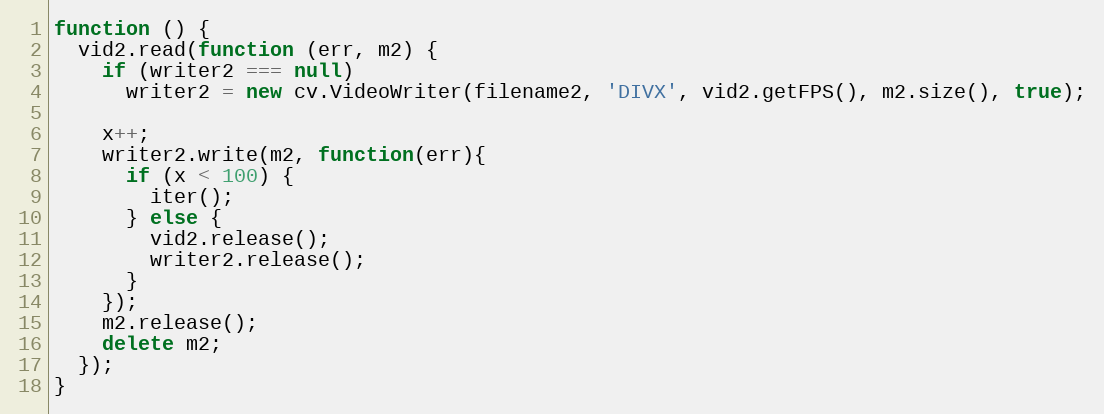
Language: JavaScript
function () {
  vid2.read(function (err, m2) {
	if (writer2 === null)
	  writer2 = new cv.VideoWriter(filename2, 'DIVX', vid2.getFPS(), m2.size(), true);

	x++;
	writer2.write(m2, function(err){
	  if (x < 100) {
		iter();
	  } else {
		vid2.release();
		writer2.release();
	  }
	});
	m2.release();
	delete m2;
  });
}